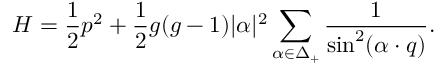
{ \cal H } = { \frac { 1 } { 2 } } p ^ { 2 } + { \frac { 1 } { 2 } } g ( g - 1 ) | \alpha | ^ { 2 } \sum _ { \alpha \in \Delta _ { + } } { \frac { 1 } { \sin ^ { 2 } ( \alpha \cdot q ) } } .